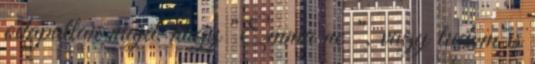
odapattan majd, hogy “Emma ne ”, vagy tudom is